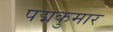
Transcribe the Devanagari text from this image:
पद्मकुमार